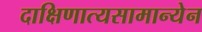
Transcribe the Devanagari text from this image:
दाक्षिणात्यसामान्येन